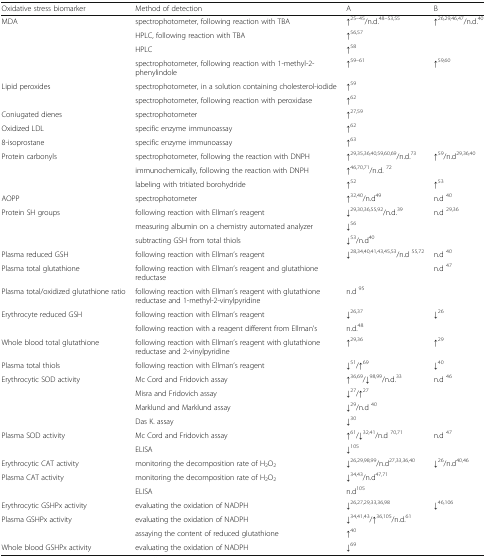
<table><thead><tr><td><b>Oxidative stress biomarker</b></td><td><b>Method of detection</b></td><td><b>A</b></td><td><b>B</b></td></tr></thead><tbody><tr><td rowspan="4">MDA</td><td>spectrophotometer, following reaction with TBA</td><td>↑<sup>25–45</sup>/n.d.<sup>48–53,55</sup></td><td>↑<sup>26,29,46,47</sup>/n.d.<sup>40</sup></td></tr><tr><td>HPLC, following reaction with TBA</td><td>↑<sup>56,57</sup></td><td></td></tr><tr><td>HPLC</td><td>↑<sup>58</sup></td><td></td></tr><tr><td>spectrophotometer, following reaction with 1-methyl-2-phenylindole</td><td>↑<sup>59–61</sup></td><td>↑<sup>59,60</sup></td></tr><tr><td rowspan="2">Lipid peroxides</td><td>spectrophotometer, in a solution containing cholesterol-iodide</td><td>↑<sup>59</sup></td><td></td></tr><tr><td>spectrophotometer, following reaction with peroxidase</td><td>↑<sup>62</sup></td><td></td></tr><tr><td>Coniugated dienes</td><td>spectrophotometer</td><td>↑<sup>27,59</sup></td><td></td></tr><tr><td>Oxidized LDL</td><td>specific enzyme immunoassay</td><td>↑<sup>62</sup></td><td></td></tr><tr><td>8-isoprostane</td><td>specific enzyme immunoassay</td><td>↑<sup>63</sup></td><td></td></tr><tr><td rowspan="3">Protein carbonyls</td><td>spectrophotometer, following the reaction with DNPH</td><td>↑<sup>29,35,36,40,59,60,69</sup>/n.d.<sup>73</sup></td><td>↑<sup>59</sup>/n.d<sup>29,36,40</sup></td></tr><tr><td>immunochemically, following the reaction with DNPH</td><td>↑<sup>46,70,71</sup>/n.d. <sup>72</sup></td><td></td></tr><tr><td>labeling with tritiated borohydride</td><td>↑<sup>52</sup></td><td>↑<sup>53</sup></td></tr><tr><td>AOPP</td><td>spectrophotometer</td><td>↑<sup>32,40</sup>/n.d<sup>49</sup></td><td>n.d <sup>40</sup></td></tr><tr><td rowspan="3">Protein SH groups</td><td>following reaction with Ellman’s reagent</td><td>↓<sup>29,30,36,55,92</sup>/n.d.<sup>39</sup></td><td>n.d <sup>29,36</sup></td></tr><tr><td>measuring albumin on a chemistry automated analyzer</td><td>↓<sup>56</sup></td><td></td></tr><tr><td>subtracting GSH from total thiols</td><td>↓<sup>53</sup>/n.d<sup>40</sup></td><td></td></tr><tr><td>Plasma reduced GSH</td><td>following reaction with Ellman’s reagent</td><td>↓<sup>28,34,40,41,43,45,53</sup>/n.d <sup>55,72</sup></td><td>n.d <sup>40</sup></td></tr><tr><td>Plasma total glutathione</td><td>following reaction with Ellman’s reagent and glutathione reductase</td><td></td><td>n.d <sup>47</sup></td></tr><tr><td>Plasma total/oxidized glutathione ratio</td><td>following reaction with Ellman’s reagent with glutathione reductase and 1-methyl-2-vinylpyridine</td><td>n.d <sup>95</sup></td><td></td></tr><tr><td rowspan="2">Erythrocyte reduced GSH</td><td>following reaction with Ellman’s reagent</td><td>↓<sup>26,37</sup></td><td>↓<sup>26</sup></td></tr><tr><td>following reaction with a reagent different from Ellman’s</td><td>n.d.<sup>48</sup></td><td></td></tr><tr><td>Whole blood total glutathione</td><td>following reaction with Ellman’s reagent with glutathione reductase and 2-vinylpyridine</td><td>↑<sup>29,36</sup></td><td>↑<sup>29</sup></td></tr><tr><td>Plasma total thiols</td><td>following reaction with Ellman’s reagent</td><td>↓<sup>51</sup>/↑<sup>69</sup></td><td>↓<sup>40</sup></td></tr><tr><td rowspan="4">Erythrocytic SOD activity</td><td>Mc Cord and Fridovich assay</td><td>↑<sup>36,69</sup>/↓<sup>98,99</sup>/n.d.<sup>33</sup></td><td>n.d <sup>46</sup></td></tr><tr><td>Misra and Fridovich assay</td><td>↓<sup>27</sup>/↑<sup>27</sup></td><td></td></tr><tr><td>Marklund and Marklund assay</td><td>↓<sup>29</sup>/n.d <sup>40</sup></td><td></td></tr><tr><td>Das K. assay</td><td>↓<sup>30</sup></td><td></td></tr><tr><td rowspan="2">Plasma SOD activity</td><td>Mc Cord and Fridovich assay</td><td>↑<sup>61</sup>/↓<sup>32,41</sup>/n.d <sup>70,71</sup></td><td>n.d <sup>47</sup></td></tr><tr><td>ELISA</td><td>↓<sup>105</sup></td><td></td></tr><tr><td>Erythrocytic CAT activity</td><td>monitoring the decomposition rate of H<sub>2</sub>O<sub>2</sub></td><td>↓<sup>26,29,98,99</sup>/n.d<sup>27,33,36,40</sup></td><td>↓<sup>26</sup>/n.d<sup>40,46</sup></td></tr><tr><td rowspan="2">Plasma CAT activity</td><td>monitoring the decomposition rate of H<sub>2</sub>O<sub>2</sub></td><td>↓<sup>34,43</sup>/n.d<sup>47,71</sup></td><td></td></tr><tr><td>ELISA</td><td>n.d<sup>105</sup></td><td></td></tr><tr><td>Erythrocytic GSHPx activity</td><td>evaluating the oxidation of NADPH</td><td>↓<sup>26,27,29,33,36,98</sup></td><td>↓<sup>46,106</sup></td></tr><tr><td rowspan="2">Plasma GSHPx activity</td><td>evaluating the oxidation of NADPH</td><td>↓<sup>34,41,43</sup>/↑<sup>36,105</sup>/n.d.<sup>61</sup></td><td></td></tr><tr><td>assaying the content of reduced glutathione</td><td>↑<sup>40</sup></td><td></td></tr><tr><td>Whole blood GSHPx activity</td><td>evaluating the oxidation of NADPH</td><td>↓<sup>69</sup></td><td></td></tr></tbody></table>